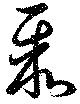
聚